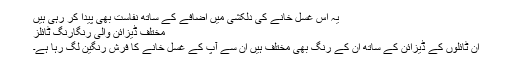
یہ اس غسل خانے کی دلکشی میں اضافے کے ساتھ نفاست بھی پیدا کر رہی ہیں
مختلف ڈیزائن والی رنگارنگ ٹائلز
ان ٹائلوں کے ڈیزائن کے ساتھ ان کے رنگ بھی مختلف ہیں ان سے آپ کے غسل خانے کا فرش رنگین لگ رہا ہے۔